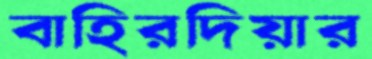
বাহিরদিয়ার